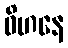
ဝိဟနေ